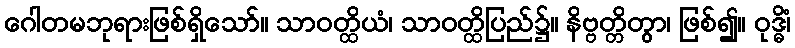
ဂေါတမဘုရားဖြစ်ရှိသော်။ သာဝတ္ထိယံ၊ သာဝတ္ထိပြည်၌။ နိဗ္ဗတ္တိတွာ၊ ဖြစ်၍။ ဝုဒ္ဓိံ၊